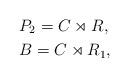
LaTeX: \begin{align*}&P_2=C\rtimes R,\\&B=C\rtimes R_1,\end{align*}